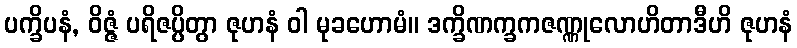
ပက္ခိပနံ, ဝိဇ္ဇံ ပရိဇပ္ပိတွာ ဇုဟနံ ဝါ မုခဟောမံ။ ဒက္ခိဏက္ခကဇဏ္ဏုလောဟိတာဒီဟိ ဇုဟနံ